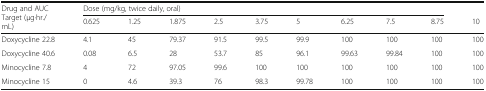
| <ROWSPAN=2> Drug and AUC Target (μg·hr./mL) | <COLSPAN=9> Dose (mg/kg, twice daily, oral) |  |
 | 0.625 | 1.25 | 1.875 | 2.5 | 3.75 | 5 | 6.25 | 7.5 | 8.75 | 10 |
 | --- | --- | --- | --- | --- | --- | --- | --- | --- | --- | --- |
 | Doxycycline 22.8 | 4.1 | 45 | 79.37 | 91.5 | 99.5 | 99.9 | 100 | 100 | 100 | 100 |
 | Doxycycline 40.6 | 0.08 | 6.5 | 28 | 53.7 | 85 | 96.1 | 99.63 | 99.84 | 100 | 100 |
 | Minocycline 7.8 | 4 | 72 | 97.05 | 99.6 | 100 | 100 | 100 | 100 | 100 | 100 |
 | Minocycline 15 | 0 | 4.6 | 39.3 | 76 | 98.3 | 99.78 | 100 | 100 | 100 | 100 |